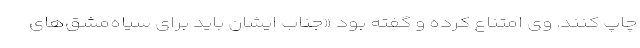
چاپ کنند. وی امتناع کرده و گفته بود «جناب ایشان باید برای سیاه‌مشق‌های